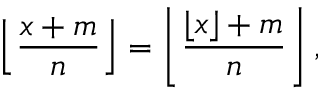
\left\lfloor { \frac { x + m } { n } } \right\rfloor = \left\lfloor { \frac { \lfloor x \rfloor + m } { n } } \right\rfloor ,